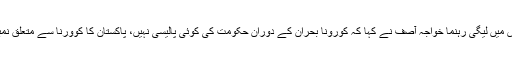
قومی اسمبلی اجلاس میں لیگی رہنما خواجہ آصف نے کہا کہ کورونا بحران کے دوران حکومت کی کوئی پالیسی نہیں، پاکستان کا کوورنا سے متعلق نمبر اوپر جا رہا ہے۔